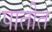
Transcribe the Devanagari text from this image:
पातीत